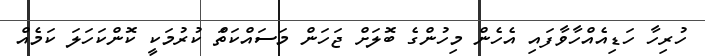
ހުރިހާ ހަޑިއެއްހާވާފައި އެހެން މިހުންގެ ބޮލަށް ޖަހަން މަސައްކަތްަ ކުރުމަކީ ކޮންކަހަލަ ކަމެއް